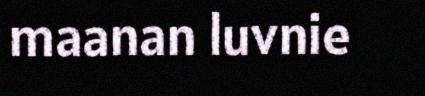
maanan luvnie